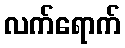
လက်ရောက်